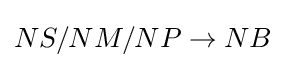
NS/NM/NP\rightarrow NB